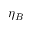
\eta _ { B }